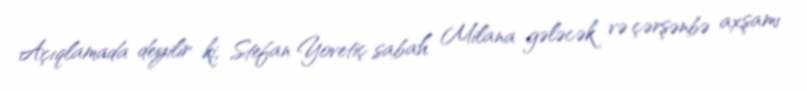
Açıqlamada deyilir ki, Stefan Yovetiç sabah Milana gələcək və çərşənbə axşamı